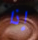
إذا